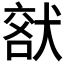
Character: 𤟞